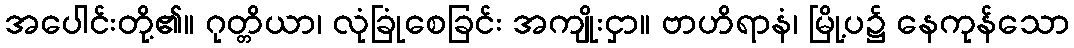
အပေါင်းတို့၏။ ဂုတ္တိယာ၊ လုံခြုံစေခြင်း အကျိုးငှာ။ ဗာဟိရာနံ၊ မြို့ပ၌ နေကုန်သော